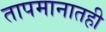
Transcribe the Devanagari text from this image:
तापमानातही